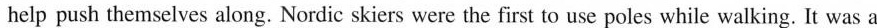
help push themselves along. Nordic skiers were the first to use poles while walking. It was a